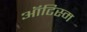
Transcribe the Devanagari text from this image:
ऑटिस्म